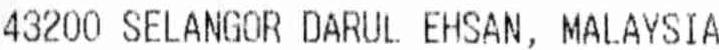
43200 SELANGOR DARUL EHSAN, MALAYSIA